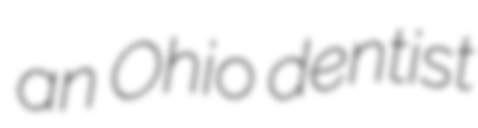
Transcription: an Ohio dentist